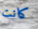
كانت